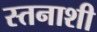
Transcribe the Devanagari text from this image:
स्तनाशी